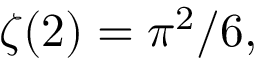
\zeta ( 2 ) = \pi ^ { 2 } / 6 ,